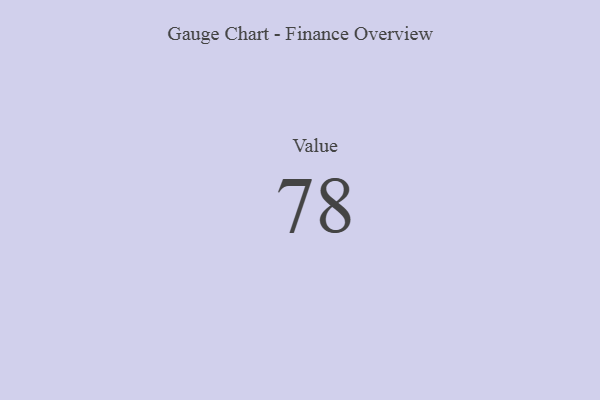
{"axis": {"x": "Metric", "y": "Value"}, "legend": [""], "data": [{"x": "Value", "y": 78, "type": ""}]}